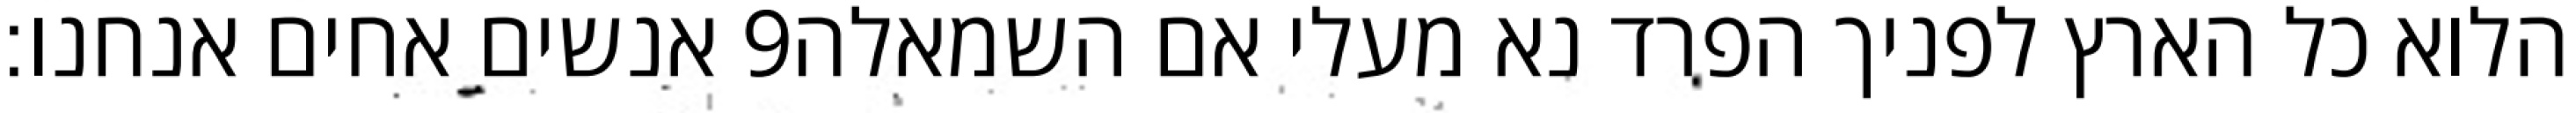
אנשים אחים אנחנו׃ ‎9‏ הלוא כל הארץ לפניך הפרד נא מעלי אם השמאלה